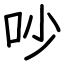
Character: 吵